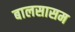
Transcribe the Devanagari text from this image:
बालसासम